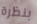
بنظرة